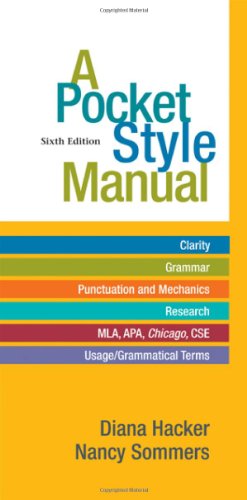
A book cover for A Pocket Style Manual; Diana Hacker; Reference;